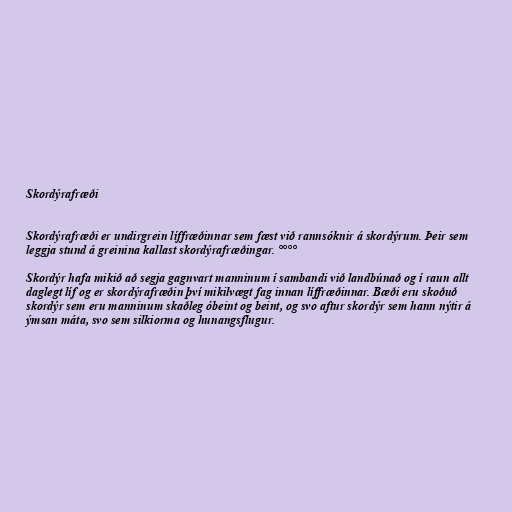
Skordýrafræði

Skordýrafræði er undirgrein líffræðinnar sem fæst við rannsóknir á skordýrum. Þeir sem
leggja stund á greinina kallast skordýrafræðingar. °°°°

Skordýr hafa mikið að segja gagnvart manninum í sambandi við landbúnað og í raun allt
daglegt líf og er skordýrafræðin því mikilvægt fag innan líffræðinnar. Bæði eru skoðuð
skordýr sem eru manninum skaðleg óbeint og beint, og svo aftur skordýr sem hann nýtir á
ýmsan máta, svo sem silkiorma og hunangsflugur.